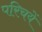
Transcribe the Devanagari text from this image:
परिचयें